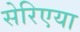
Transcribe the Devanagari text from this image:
सेरिएया